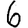
Digit: 6